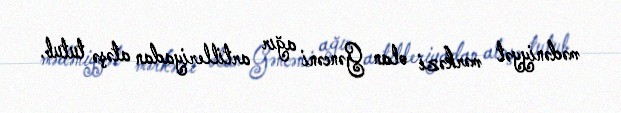
mədəniyyət mərkəzi olan Gəncəni ağır artilleriyadan atəşə tutub.